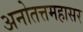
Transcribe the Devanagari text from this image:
अनोतत्तमहासर